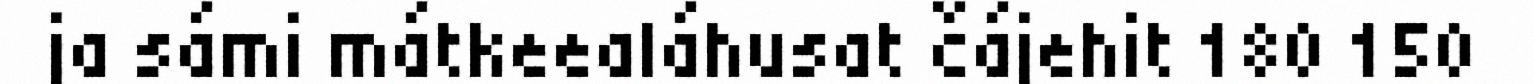
ja sámi mátkeealáhusat čájehit 180 150